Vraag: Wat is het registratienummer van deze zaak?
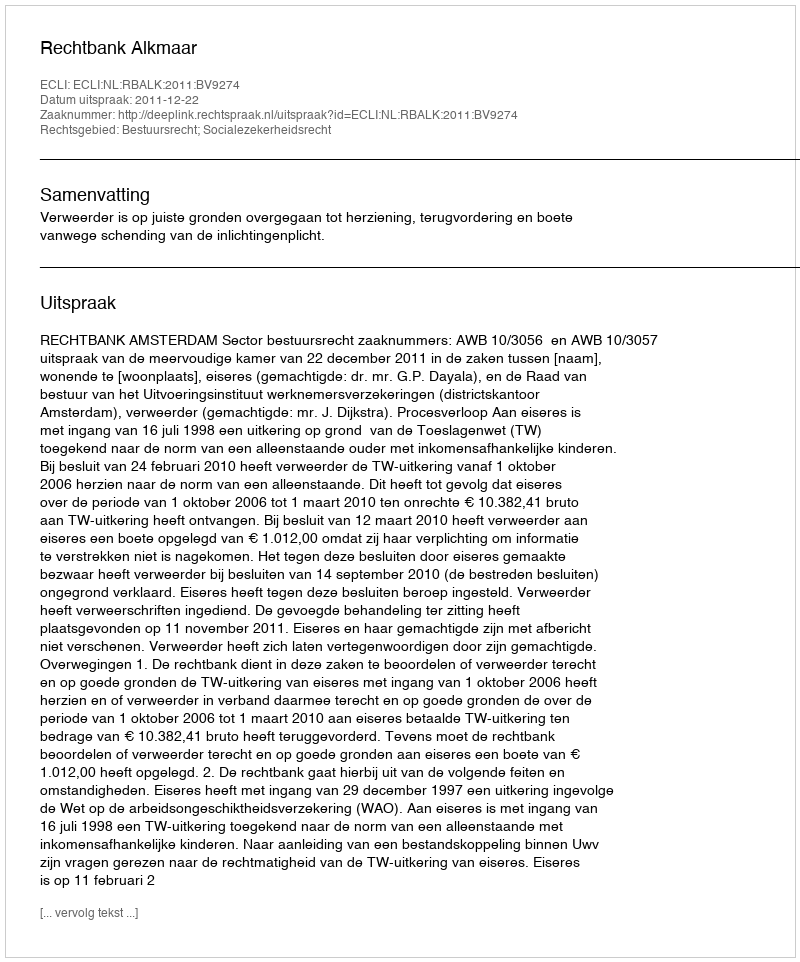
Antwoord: http://deeplink.rechtspraak.nl/uitspraak?id=ECLI:NL:RBALK:2011:BV9274